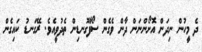
ދެ މީހުން ނިދަން އޮށޯންނަން ދާން ވެގެން ސޯފާގޮނޑިން ތެދުވީއެވެ. ރޭގަނޑު ކައިގެން